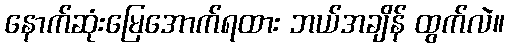
နောက်ဆုံးမြေအောက်ရထား ဘယ်အချိန် ထွက်လဲ။